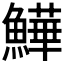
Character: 𩻮